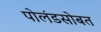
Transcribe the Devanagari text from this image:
पोलंडसोबत